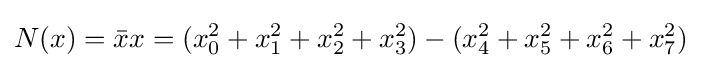
N(x)={\bar {x}}x=(x_{0}^{2}+x_{1}^{2}+x_{2}^{2}+x_{3}^{2})-(x_{4}^{2}+x_{5}^{2}+x_{6}^{2}+x_{7}^{2})